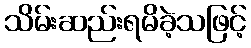
သိမ်းဆည်းရမိခဲ့သဖြင့်